DOW-UAP-D48, Department of the Air Force Report, 1996
Agency: Department of War
Incident date: 9/10/96
Page 109
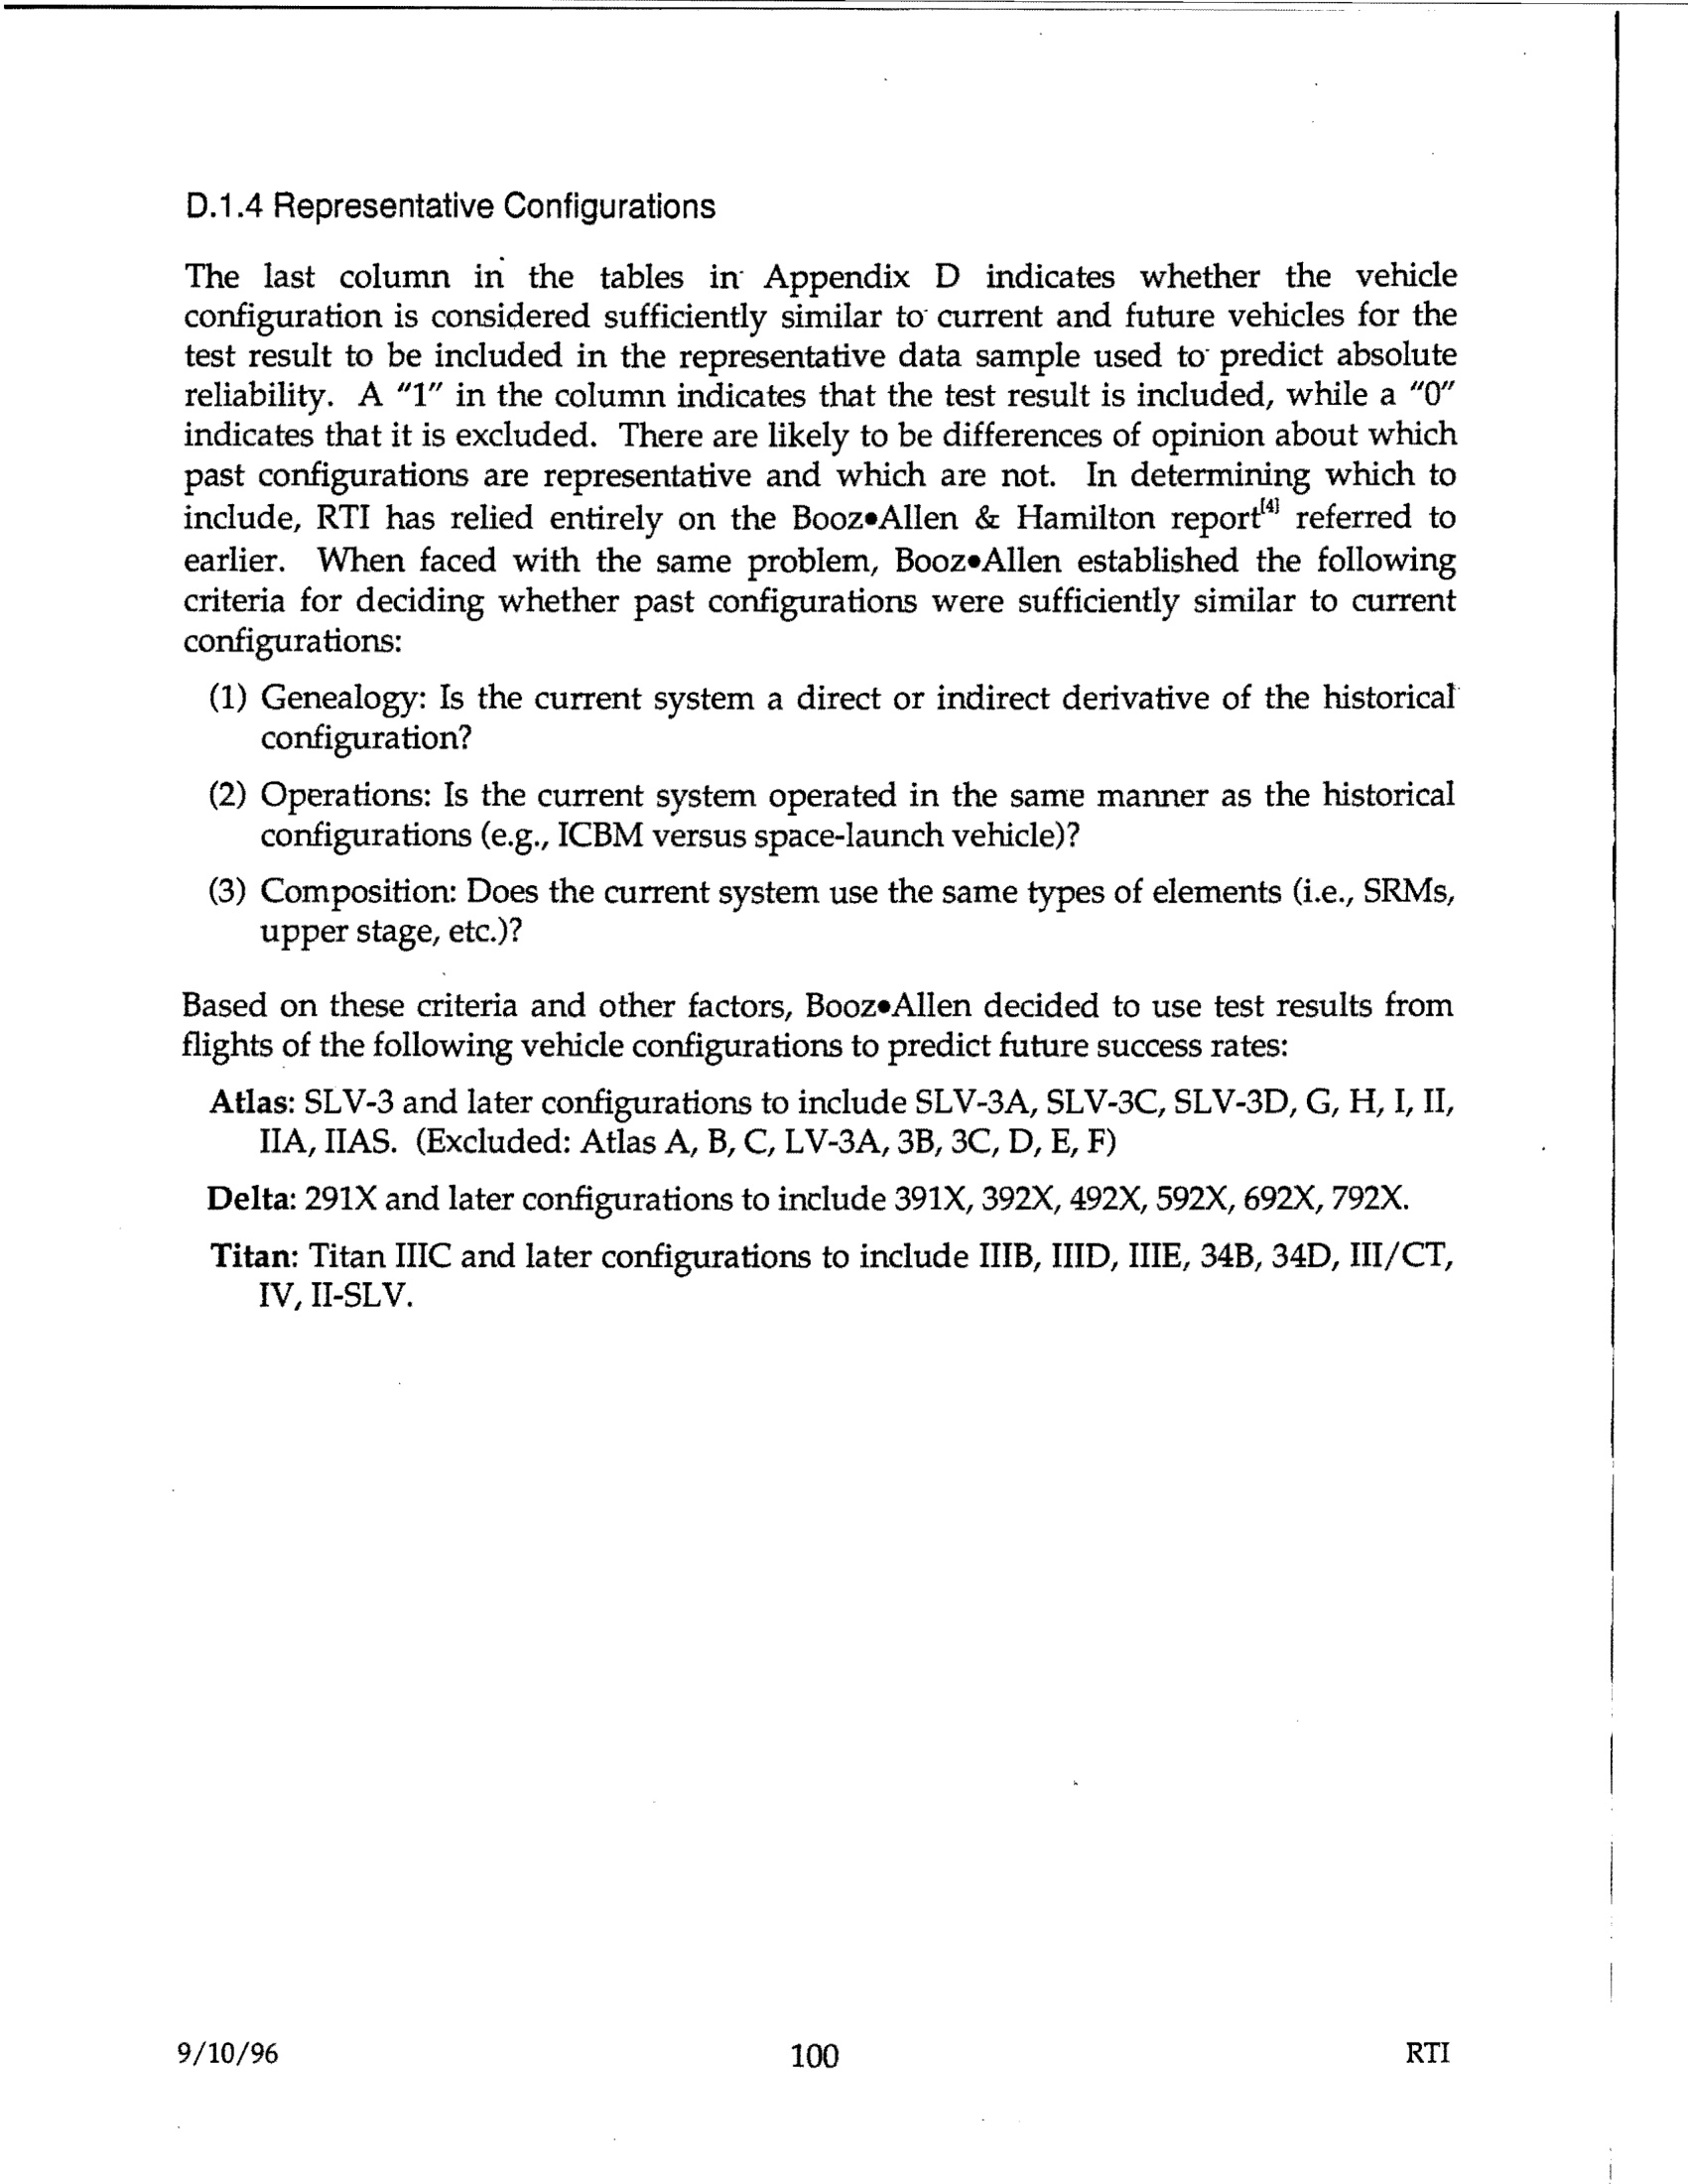